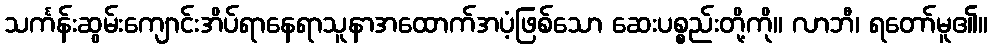
သင်္ကန်းဆွမ်းကျောင်းအိပ်ရာနေရာသူနာအထောက်အပံ့ဖြစ်သော ဆေးပစ္စည်းတို့ကို။ လာဘီ၊ ရတော်မူ၏။